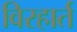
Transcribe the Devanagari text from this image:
विरहार्त